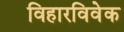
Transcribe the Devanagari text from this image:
विहारविवेक